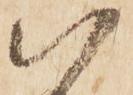
以